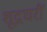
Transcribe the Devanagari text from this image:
शूद्रघरीं